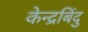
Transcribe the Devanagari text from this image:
केन्द्रबिंदु